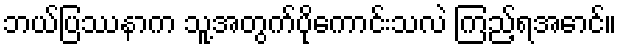
ဘယ်ပြဿနာက သူ့အတွက်ပိုကောင်းသလဲ ကြည့်ရအောင်။